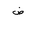
Letter: _dad